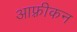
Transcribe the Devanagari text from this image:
आफ़्रीकन